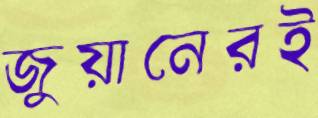
জুয়ানেরই